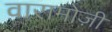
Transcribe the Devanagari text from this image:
वारामोज़ी